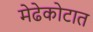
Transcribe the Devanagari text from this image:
मेढेकोटात